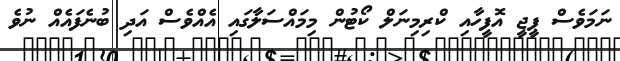
ނަމަވެސް ޕީޖީ އޮފީހާއި ކްރިމިނަލް ކޯޓުން މިމައްސަލާގައި އެއްވެސް އަދި ބުނެފައެއް ނުވެ